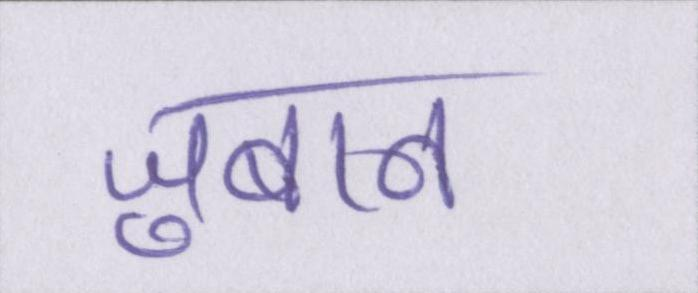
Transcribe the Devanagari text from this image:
जुबान